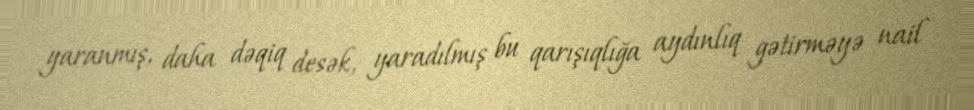
yaranmış, daha dəqiq desək, yaradılmış bu qarışıqlığa aydınlıq gətirməyə nail